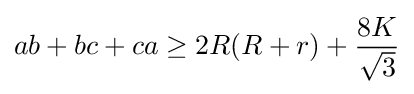
ab+bc+ca\geq 2R(R+r)+{\frac {8K}{\sqrt {3}}}